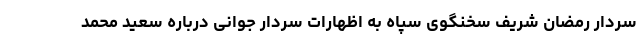
سردار رمضان شریف سخنگوی سپاه به اظهارات سردار جوانی درباره سعید محمد